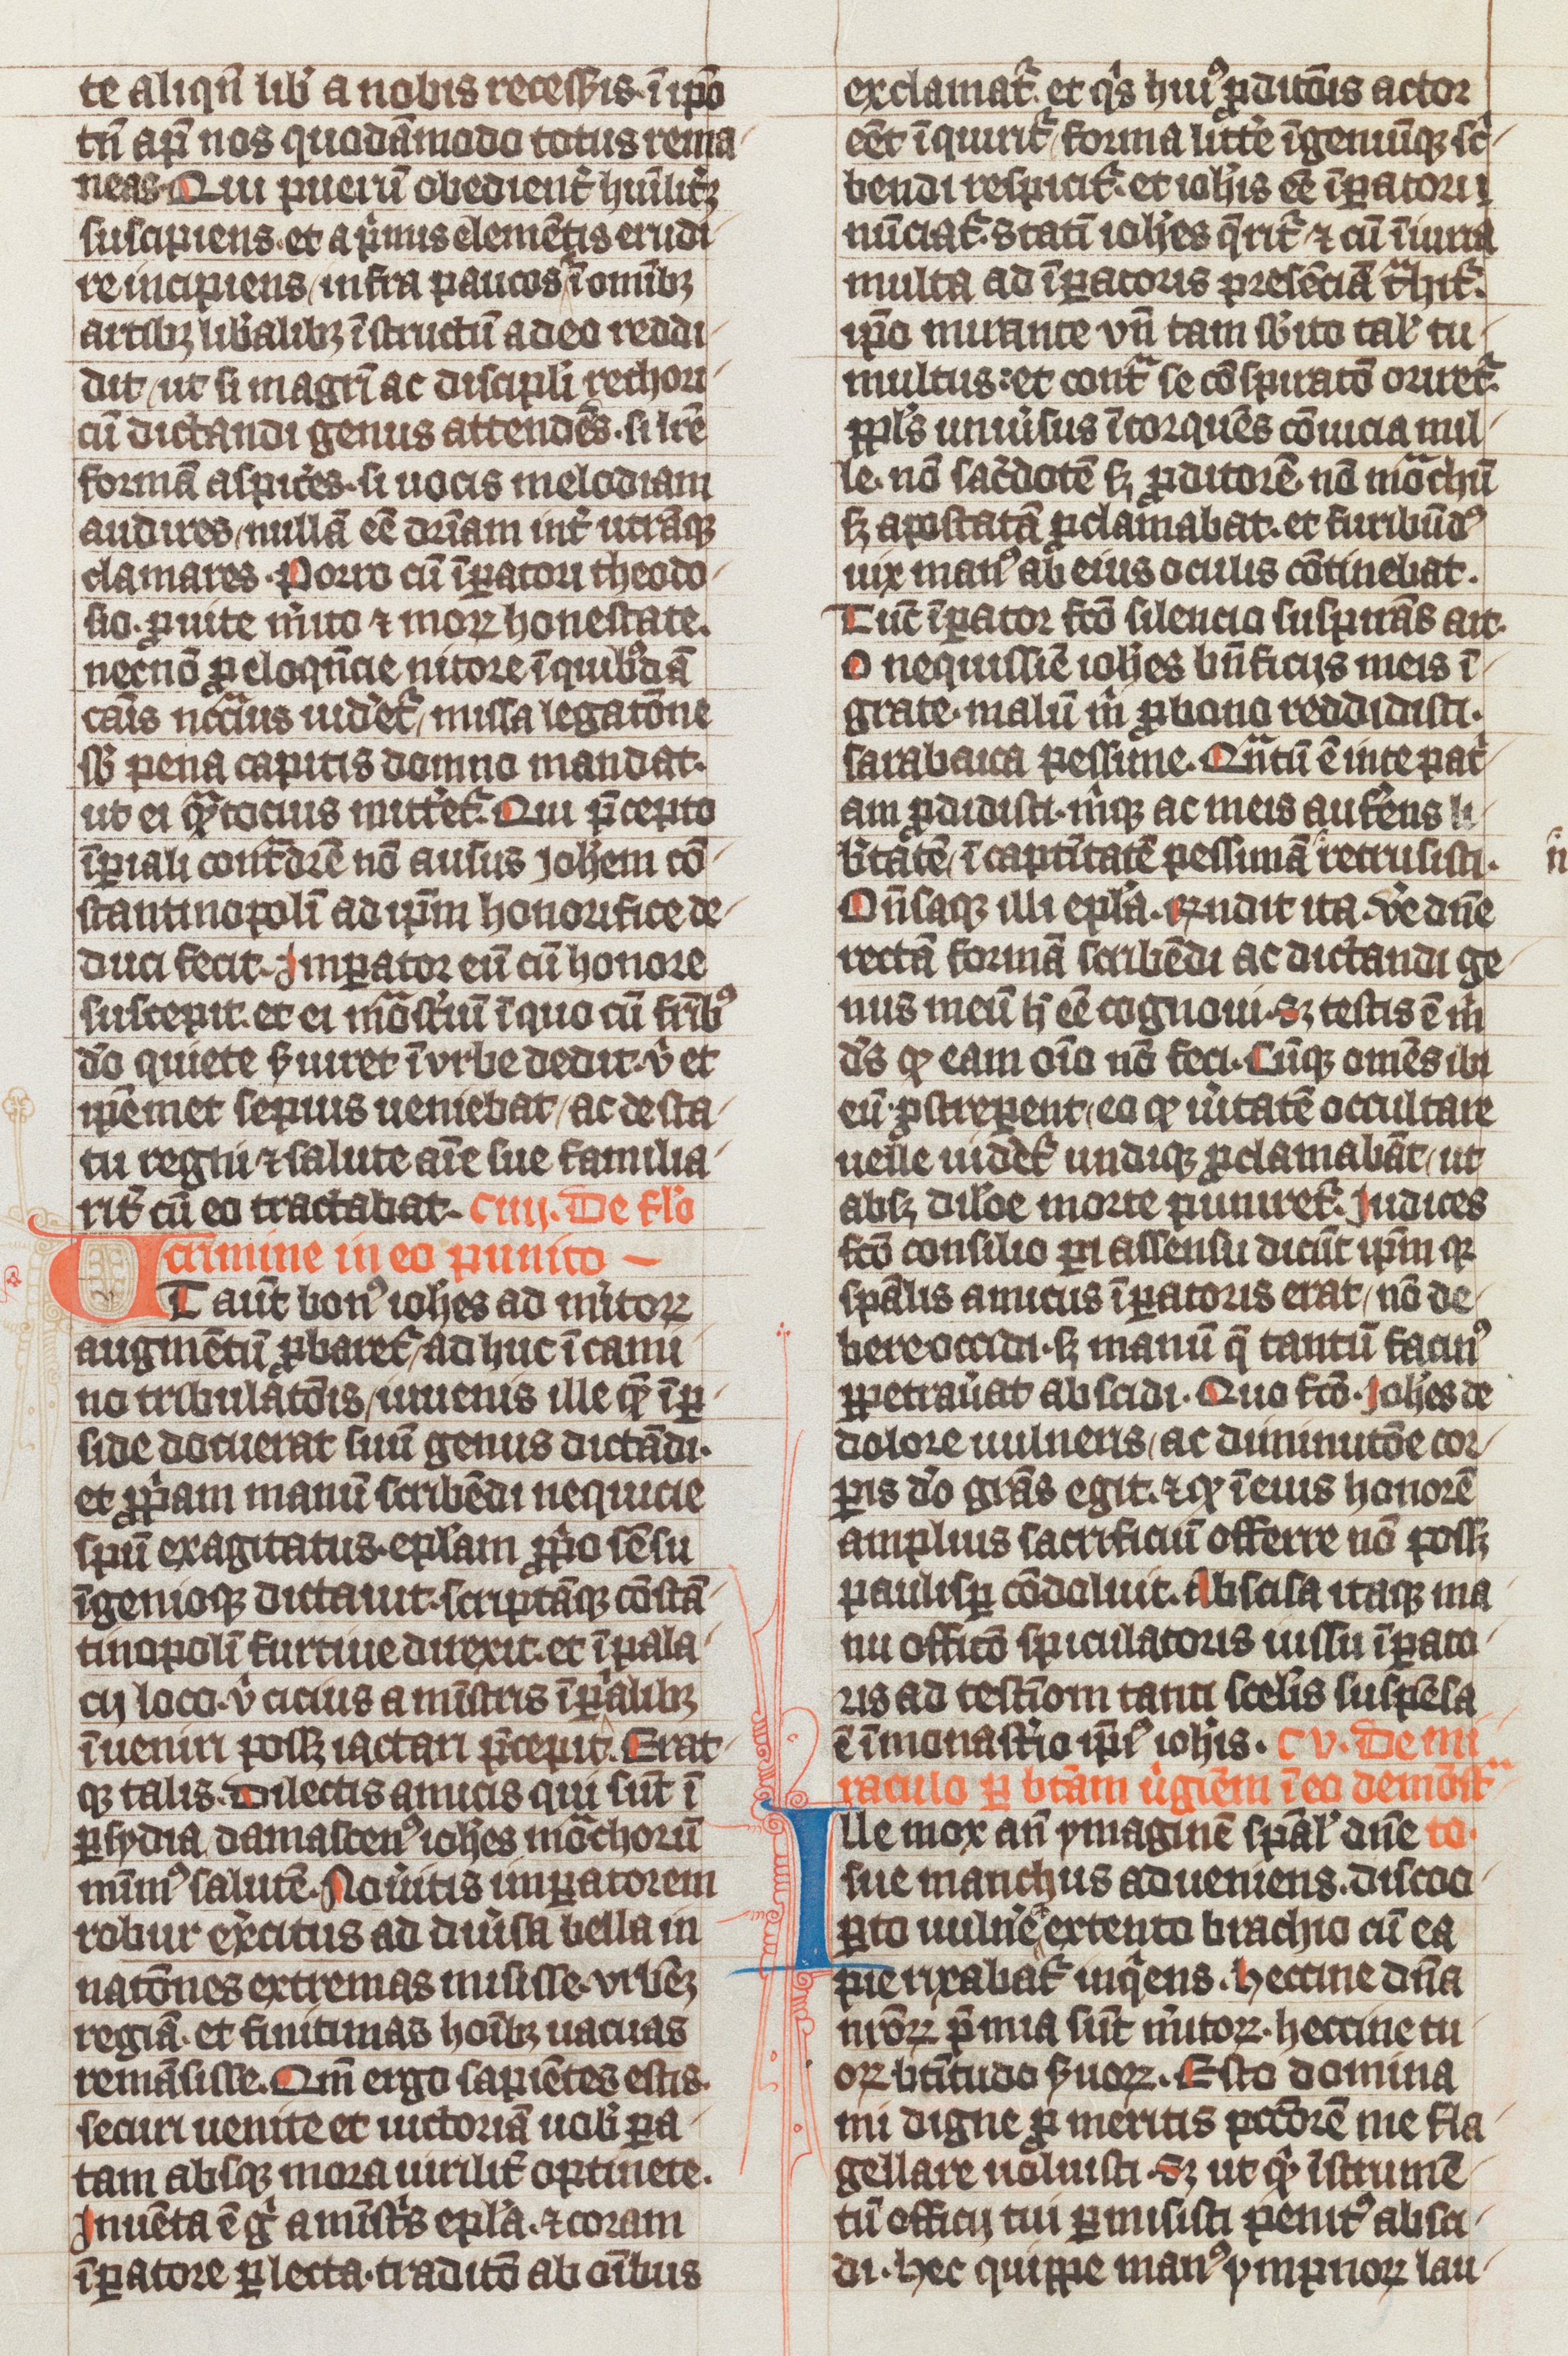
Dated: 1338–1340